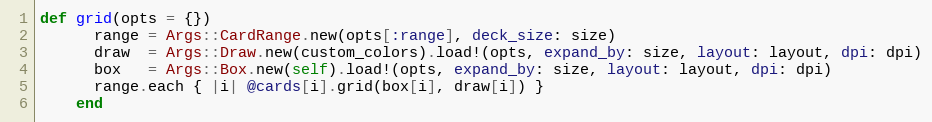
Language: Ruby
def grid(opts = {})
      range = Args::CardRange.new(opts[:range], deck_size: size)
      draw  = Args::Draw.new(custom_colors).load!(opts, expand_by: size, layout: layout, dpi: dpi)
      box   = Args::Box.new(self).load!(opts, expand_by: size, layout: layout, dpi: dpi)
      range.each { |i| @cards[i].grid(box[i], draw[i]) }
    end